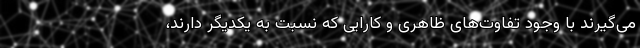
می‌گیرند با وجود تفاوت‌های ظاهری و کارایی که نسبت به یکدیگر دارند،